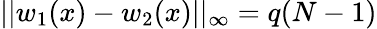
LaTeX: ||w_{1}(x)-w_{2}(x)||_{\infty}=q(N-1)